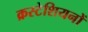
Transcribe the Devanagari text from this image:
क्रस्टेशियनों